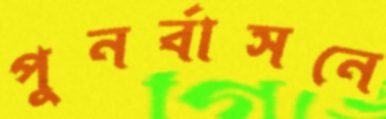
পুনর্বাসনে